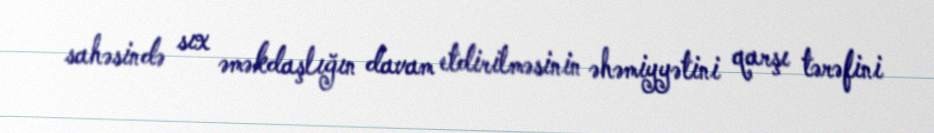
sahəsində sıx əməkdaşlığın davam etdirilməsinin əhəmiyyətini qarşı tərəfini